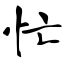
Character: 忙